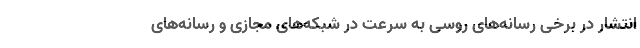
انتشار در برخی رسانه‌های روسی به سرعت در شبکه‌های مجازی و رسانه‌های